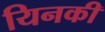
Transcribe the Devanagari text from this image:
यिनकी